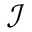
\mathcal { I }